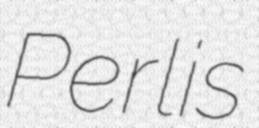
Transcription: Perlis